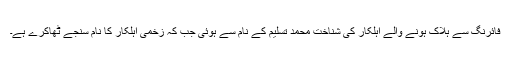
فائرنگ سے ہلاک ہونے والے اہلکار کی شناخت محمد تسلیم کے نام سے ہوئی جب کہ زخمی اہلکار کا نام سنجے ٹھاکرے ہے۔